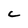
Character: c